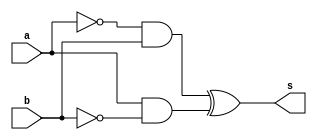
// Nome: Felipe Torres

module xorgate(output s, input a, input b);
 assign s = (~a & b) ^ (a & ~b);
endmodule

module teste;
 reg x,y;
 wire z;
 
 xorgate xor1 (z,x,y);
 
 initial begin
  x=0; y=0;
  $display("Teste\nx y z");
  $monitor("%b %b %b",x,y,z);
  
  #1 x=0; y=1;
  #1 x=1; y=0;
  #1 x=1; y=1;
 end
 
endmodule